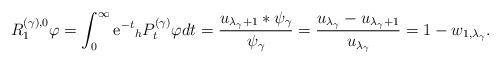
LaTeX: \begin{align*}R^{(\gamma),0}_1\varphi=\int_0^\infty \mathrm{e}^{-t}{}_hP_t^{(\gamma)}\varphi dt=\frac{u_{\lambda_\gamma+1}\ast \psi_\gamma}{\psi_\gamma}=\frac{u_{\lambda_\gamma}-u_{\lambda_\gamma+1}}{u_{\lambda_\gamma}}=1-w_{1,\lambda_\gamma}. \end{align*}